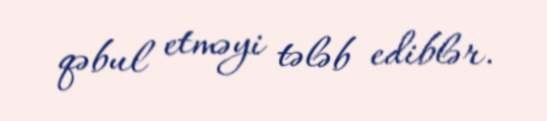
qəbul etməyi tələb ediblər.